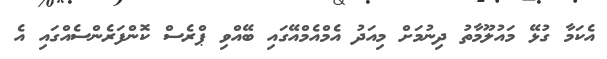
އެކަމާ ގުޅޭ މައުލޫމާތު ދިނުމަށް މިއަދު އެމްއެމްއޭގައި ބޭއްވި ޕްރެސް ކޮންފަރެންސެއްގައި އެ